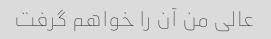
عالی من آن را خواهم گرفت